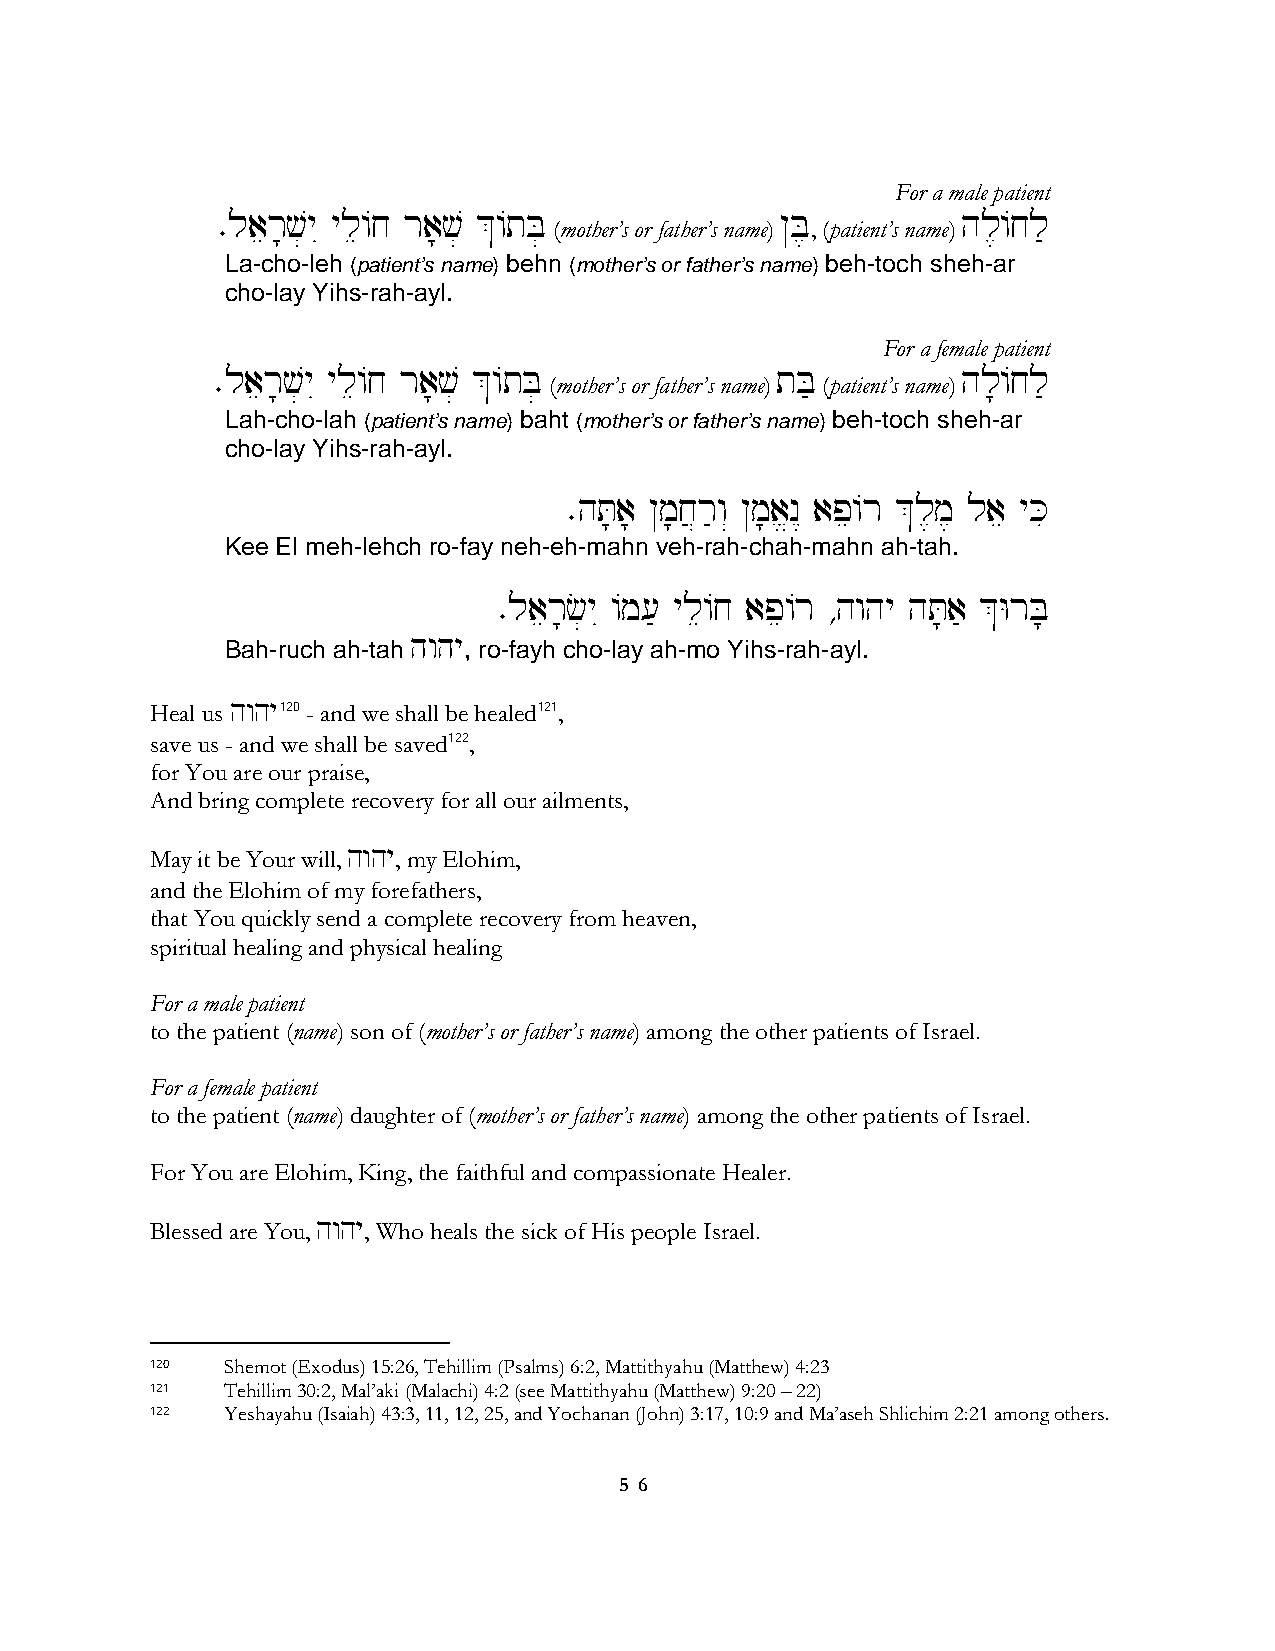
For a male patient
 ∑laer;v]yI yle/j ra;v] &/tB]
 (mother’s or father’s name)
 @B,
 , (patient’s name)
 hl,/jl'
 La-cho-leh (patient’s name) behn (mother’s or father’s name) beh-toch sheh-ar
 cho-lay Yihs-rah-ayl.
 For a female patient
 ∑laer;v]yI yle/j ra;v] &/tB]         tB'          hl;/jl'
 (mother’s or father’s name) (patient’s name)
 Lah-cho-lah (patient’s name) baht (mother’s or father’s name) beh-toch sheh-ar
 cho-lay Yihs-rah-ayl.
 ∑hT;a; @m;j}r'w“ @m;a>n< ape/r &l,m, lae yKi
 Kee El meh-lehch ro-fay neh-eh-mahn veh-rah-chah-mahn ah-tah.
 ∑laer;c]yI /m[' yle/j ape/r ∆hwhy hT;a' &WrB;
 hwhy
 Bah-ruch ah-tah , ro-fayh cho-lay ah-mo Yihs-rah-ayl.
 Heal us hwhy120 - and we shall be healed121,
 save us - and we shall be saved122,
 for You are our praise,
 And bring complete recovery for all our ailments,
 May it be Your will, hwhy, my Elohim,
 and the Elohim of my forefathers,
 that You quickly send a complete recovery from heaven,
 spiritual healing and physical healing
 For a male patient
 to the patient (name) son of (mother’s or father’s name) among the other patients of Israel.
 For a female patient
 to the patient (name) daughter of (mother’s or father’s name) among the other patients of Israel.
 For You are Elohim, King, the faithful and compassionate Healer.
 Blessed are You, hwhy, Who heals the sick of His people Israel.
 120  Shemot (Exodus) 15:26, Tehillim (Psalms) 6:2, Mattithyahu (Matthew) 4:23
 121  Tehillim 30:2, Mal’aki (Malachi) 4:2 (see Mattithyahu (Matthew) 9:20 – 22)
 122  Yeshayahu (Isaiah) 43:3, 11, 12, 25, and Yochanan (John) 3:17, 10:9 and Ma’aseh Shlichim 2:21 among others.
 5 6